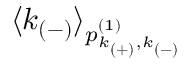
\langle k _ { ( - ) } \rangle _ { p _ { k _ { ( + ) } , k _ { ( - ) } } ^ { ( 1 ) } }